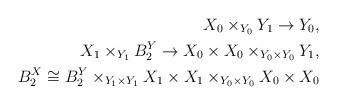
LaTeX: \begin{align*}X_0 \times_{Y_0} Y_1 \to Y_0, \\X_1\times_{Y_1} B^Y_2 \to X_0\times X_0 \times_{Y_0\times Y_0} Y_1, \\B_2^X \cong B_2^Y\times_{Y_1\times Y_1} X_1 \times X_1\times_{Y_0\times Y_0} X_0 \times X_0\end{align*}